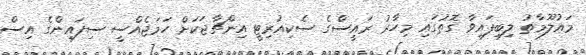
މައުލޫމާތު ލިބިފައިވާ ގޮތުގައި މިހާރު ރައީސްގެ ސެކިއުރިޓީ އިންޗާޖަކަށް ހަމަޖެއްސީ ސިފައިންގެ އިސް